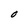
Character: O